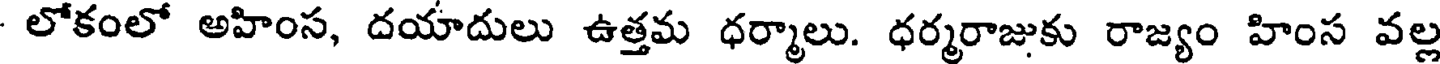
- లోకంలో అహింస, దయాదులు ఉత్తమ ధర్మాలు. ధర్మరాజుకు రాజ్యం హింస వల్ల